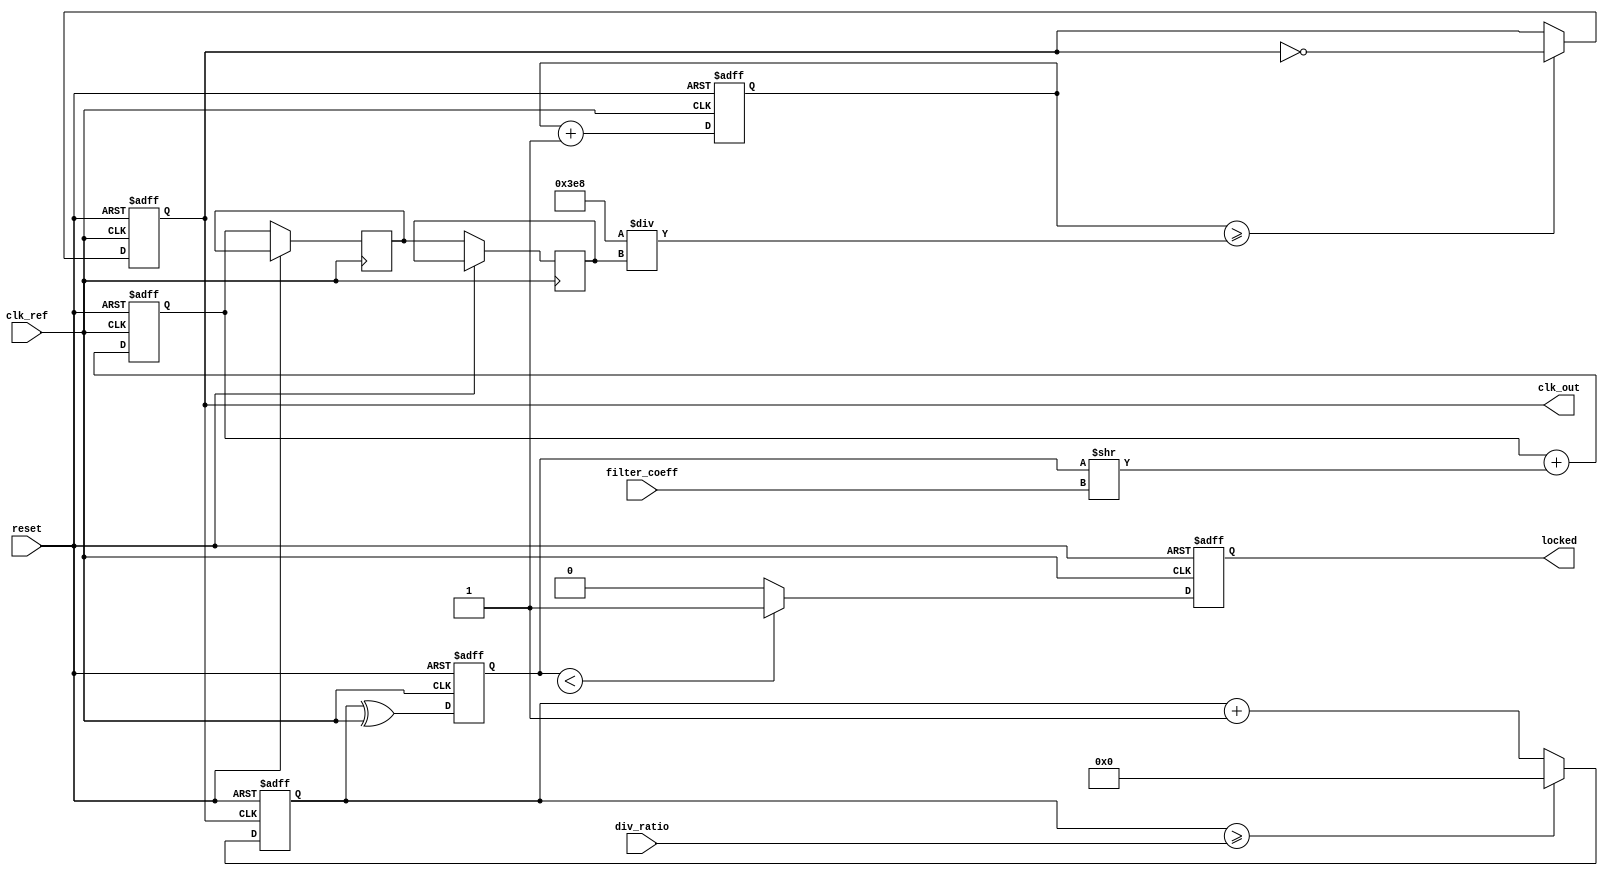
module HighPerformancePLL (
    input wire clk_ref,             // Input reference clock
    input wire reset,               // Asynchronous reset
    input wire [3:0] div_ratio,     // Feedback divider ratio (programmable)
    input wire [7:0] filter_coeff,  // Loop filter coefficients
    output reg clk_out,             // Output clock
    output reg locked               // Lock detection signal
);

    // Internal signals
    reg [15:0] vco_freq;            // VCO frequency (controlled by loop filter)
    reg [15:0] phase_error;         // Phase error signal
    reg [15:0] control_voltage;      // Control voltage for VCO
    reg [15:0] feedback_clk;         // Feedback clock signal
    reg [15:0] loop_filter_output;   // Output from the loop filter
    reg [15:0] vco_count;            // VCO counter

    // Phase Detector (simple XOR-based for digital implementation)
    always @(posedge clk_ref or posedge reset) begin
        if (reset) begin
            phase_error <= 0;
        end else begin
            phase_error <= (feedback_clk ^ clk_ref); // Phase error signal
        end
    end

    // Loop Filter (simple first-order for example)
    always @(posedge clk_ref or posedge reset) begin
        if (reset) begin
            loop_filter_output <= 0;
        end else begin
            loop_filter_output <= (loop_filter_output + (phase_error >> filter_coeff)); // Smoothing phase error
            control_voltage <= loop_filter_output; // Control voltage for VCO
        end
    end

    // Voltage-Controlled Oscillator (VCO)
    always @(posedge clk_ref or posedge reset) begin
        if (reset) begin
            vco_count <= 0;
            clk_out <= 0;
        end else begin
            vco_freq <= control_voltage; // Assume control voltage directly controls frequency
            if (vco_count >= (1000 / vco_freq)) begin // Simple frequency control logic
                clk_out <= ~clk_out; // Toggle output clock
                vco_count <= 0;
            end
            vco_count <= vco_count + 1;
        end
    end

    // Feedback Divider
    always @(posedge clk_out or posedge reset) begin
        if (reset) begin
            feedback_clk <= 0;
        end else begin
            feedback_clk <= feedback_clk + 1;
            if (feedback_clk >= div_ratio) begin
                feedback_clk <= 0; // Reset feedback clock counter
            end
        end
    end

    // Lock Detection Logic
    always @(posedge clk_ref or posedge reset) begin
        if (reset) begin
            locked <= 0;
        end else begin
            // Simple lock detection: check if phase error is within a threshold
            if (phase_error < SOME_THRESHOLD) begin
                locked <= 1; // PLL is locked
            end else begin
                locked <= 0; // PLL is not locked
            end
        end
    end

endmodule